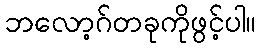
ဘလော့ဂ်တခုကိုဖွင့်ပါ။